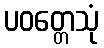
ပဝတ္တေသုံ